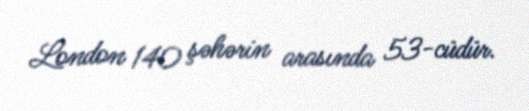
London 140 şəhərin arasında 53-cüdür.